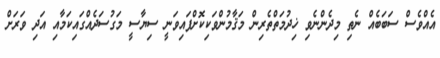
އެއްވެސް ސަބަބެއް ނެތި މިދެންނެވި ޚިދުމަތްތެރިން މަޤާމުންވަކިކޮށްފައިވަނީ ސިޔާސީ މަގުސަދެއްގައިކަމާއި އަދި ވަރަށް